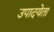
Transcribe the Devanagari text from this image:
उपादयेता